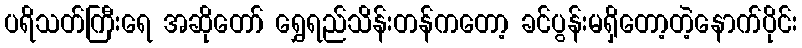
ပရိသတ်ကြီးရေ အဆိုတော် ရွှေရည်သိန်းတန်ကတော့ ခင်ပွန်းမရှိတော့တဲ့နောက်ပိုင်း